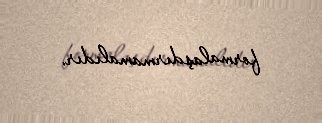
formalaşdırmamalıdır.